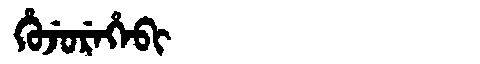
Manchu: ᡥᡠᠵᡠᡵᡝᡥᡝᠪᡳ
Romanization: HUJUREHEBI